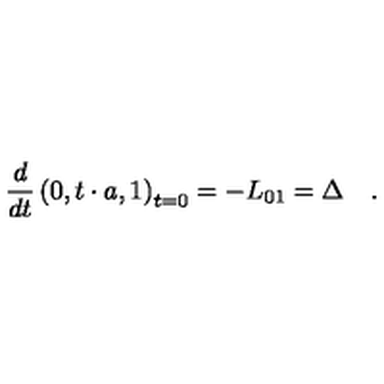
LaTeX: \frac d { d t } \left( 0 , t \cdot a , 1 \right) _ { t = 0 } = - L _ { 0 1 } = \Delta \quad .